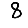
Digit: 8